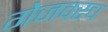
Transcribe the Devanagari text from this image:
गेजवरच